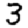
Digit: 3